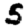
Digit: 5